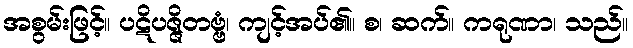
အစွမ်းဖြင့်။ ပဋိပဇ္ဇိတဗ္ဗံ၊ ကျင့်အပ်၏။ စ၊ ဆက်။ ကရုဏာ၊ သည်။